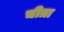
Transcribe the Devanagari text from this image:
चीत्रा